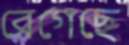
রেগেছে